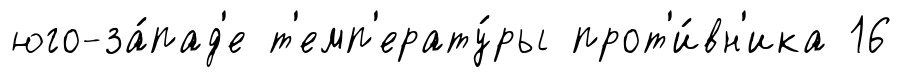
юго-за́пад'е т'емп'ерату́ры прот'и́вн'ика 16